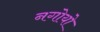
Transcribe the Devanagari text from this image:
नगोयो